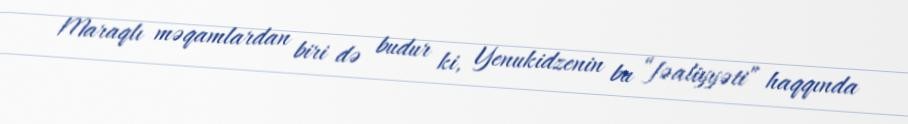
Maraqlı məqamlardan biri də budur ki, Yenukidzenin bu “fəaliyyəti” haqqında